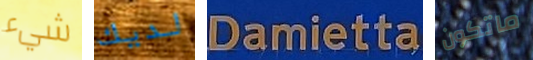
شيء لديك Damietta ماتكون